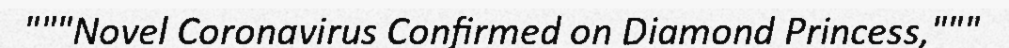
"""Novel Coronavirus Confirmed on Diamond Princess,"""